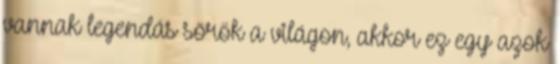
vannak legendás sörök a világon, akkor ez egy azok